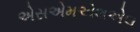
એસએમએલએલ